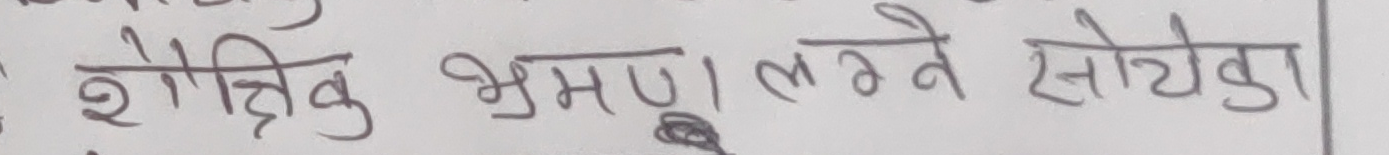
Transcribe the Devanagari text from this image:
शैक्षिक भ्रमण लग्ने सोचेका